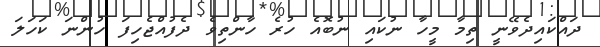
ދައްކައިދެވޭނީ ތިމާ މީހާ ނުކައި ނުބޮއެ ހުރެ ހާންތިވެ ދެފުއްޖެހިފަ ހުންނަ ކަހަލަ